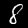
Label: 8